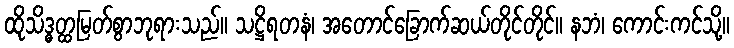
ထိုသိဒ္ဓတ္ထမြတ်စွာဘုရားသည်။ သဋ္ဌိရတနံ၊ အတောင်ခြောက်ဆယ်တိုင်တိုင်။ နဘံ၊ ကောင်းကင်သို့။